King Institute of Preventive Medicine Micro-Biological Section reports 1909-11
Year: 1909
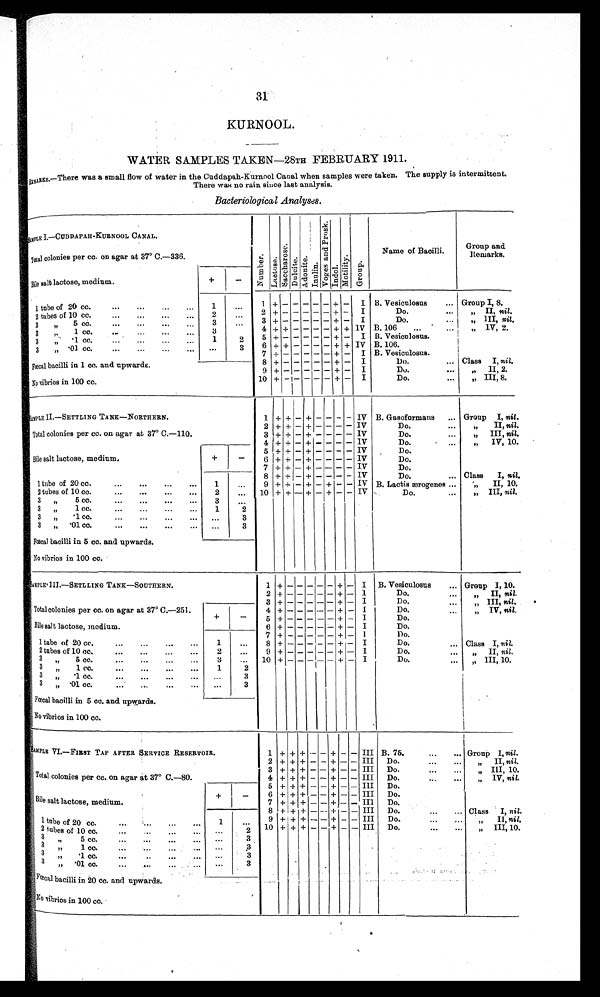
31
KURNOOL.
WATER SAMPLES TAKEN—28TH FEBRUARY 1911.
REMARKS. —There was a smal l fl ow of wat er i n t he Cuddapah-Kurnool Canal when sampl es were t aken. The suppl y i s i nt ermi t t ent .
There was no rain since last analysis.
Bacteriological Analyses.
SAMPLE I.—CUDDAPAH-KURNOOL CANAL.
Numbe r . La c t o s e .
S a c c h a r o s e .
Dul ci t e.
A d o n i t e .
I nul i n.
V o g e s a n d P r o s k .
I n d o l .
M o t i l i t y .
Gr oup.
Name of Bacilli.
Group and
Remarks.
Total colonies per cc. on agar at 37° C.—S336.
Bile salt lactose, medium.
+
-
1 tube of 20 cc.
... ... ... ...
1
. . . 1
+ -
- - - - + - I B. Vesiculosus
.. Group I, 8.
2 tubes of 10 cc.
...
...
...
...
2
...
2
+ -
- - - - + - I
Do.
...
„ II, nil.
3 „ 5 cc.
...
...
...
...
3
...
3 + -
- - - - + - I
Do.
. . .
„ III, nil.
3 „ 1 cc.... ... ... ...
3
...
4 + + - - - - + + IV B. 106
...
„ I V , 2 .
3 „ .1 cc.
...
...
...
1
2
5
+ -
- - - - + - I B. Vesiculosus.
3 „ .01 cc.
... ... ... ...
. . .
3
6 + + - - - - + + IV B. 106.
7 + -
- - - - + - I B. Vesiculosus.
Fœcal bacilli in 1 cc. and upwards.
8 + -
- - - - + - I
Do.
... Class I, nil.
9 + -
- - - - + - I
Do.
...
„ II, 2.
No Vibrios in 100 cc.
10 + - - - - - + - I
Do.
...
„ III, 8.
SAMPLE II.—SETTLING TANK—NORTHERN.
1 + + - +
- - - - IV B. Gasoformans ... Group I, nil .
Total colonies per cc . on agar at 37° C.—110.
2 + + - + - - - - IV
Do.
...
„ I I ,
n i l
.
3 + + - + - - - - IV
Do.
...
„ III, nil.
Bile salt lactose, medium.
+
- 4 + + - + - - - - IV
Do.
...
„ IV, 10.
5 + + - + - - - - IV
Do.
6 +
+ - +
- - - - IV
Do.
1 tube of 20 cc
1
. . . 7 + + - + - - - - IV
Do.
8 + + - + - - - - IV
Do.
... Class I, nil.
9 + + - + - + - - IV B. Lactis ærogenes... „
II, 10.
2 tubes of 10 cc.
2 ... 10 + + - + - + - - IV
Do.
. . . „ III, nil.
3 „ 5 cc.
...
...
...
... 3
...
3 „ 1 cc.
1
2
3 „ .1 cc... . . .
3
3 „ .01 cc.
•••
...
...
...
. . .
3
Fœcal bacilli in 5 cc. and upwards.
No vibrios in 100 cc.
SAMPLE.III.—SETLLING TANK—SOUTHERN.
1 + - - - - - + - I B. Vesiculosus
... Group I, 10.
2 + - - - -
- + - I
Do....
„ I I ,
n i l .
Total colonies per cc. on agar at 37° C.—251.
3 + - - - - - + - I
Do.
...
„ III, nil.
4 + - - - - - + - I
Do.
...
„ IV, nil.
Bile salt lactose, medium.
+
-
5 + - - - - - + + - I
Do.
6 + - - -
- + - I
Do.
1 tube of 20 cc.
...
...
...
...
1
...
7 + - - - - - + - I
Do.
8 + - - - - - + - I
Do.
... Class I, nil.
2 tubes of 10 cc....
... ... ...
2
...
9 + - - - - - + - I
Do.
...
„ I I ,
n i l .
3 „ 5 cc.
...
...
...
...
3
...
10 + - - - -
- + - I
Do.
... „ III, 10.
3 „ 1 cc.
... ... ... ...
1
2
3 „ .1 cc.
... ... ... ...
...
3
3 „ .01 cc.
...
...
...
... ...
3
Fœcal bacilli in 5 cc. and upwards.
No vibrios in 100 cc.
SAMPLE VI. —FIRST TAP AFTER SERVICE RESERVOIR.
1 + + + - - + - - III B. 75.
...
... Group I, nil.
2 + + + - - + - - III Do.
...
„ II, nil.
Total colonies per cc. on agar at 37° C.—80.
3 + + + - - + - - III Do.
...
...
„ III, 10.
4 + + + - - + - - III Do.
„ I V ,
n i l
.
Bile salt lactose, medium.
+
- 5 + + + - - + - - III Do.
6 + + + - - + - - III Do.
7 + + + - - + - - III Do
1 tube of 20 cc.
... ... ... ...
1
...
8 + + + - - + - - III Do.
...
... Class I,n i l .
9 + + + - - + - - III Do.
„ I I ,
n i l .
2 t u b e s o f 1 0 c c .
. . .
... ...
2 10 + + + — - + - - III Do.
...
...
„ III, 10.
3 „ 5 cc.
...
3
3 „ 1 cc.
...
... ...
3
3 „ . 1 cc.
...
..
... ... ...
3
3 „ .01 cc.
...
3
Fœc a l b a c i l l i i n 2 0 c c . a n d u p wa r d s .
No Vibrios in 100 cc.